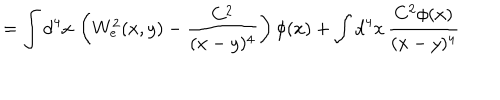
= \int \mathrm { d } ^ { 4 } x \, \left( W _ { e } ^ { 2 } ( x , y ) - \frac { C ^ { 2 } } { ( x - y ) ^ { 4 } } \right) \phi ( x ) + \int \mathrm { d } ^ { 4 } x \, \frac { C ^ { 2 } \phi ( x ) } { ( x - y ) ^ { 4 } }